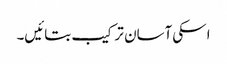
اسکی آسان ترکیب بتائیں۔